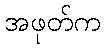
အဖုတ်က